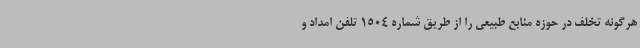
هرگونه تخلف در حوزه منابع طبیعی را از طریق شماره 1504 تلفن امداد و